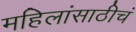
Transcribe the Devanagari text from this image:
महिलांसाठीचं